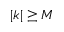
| k | \geq M